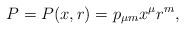
LaTeX: \begin{align*}P = P(x,r) = p_{\mu m} x^{\mu}r^{m},\end{align*}